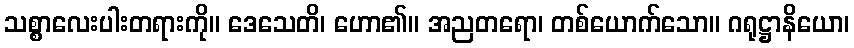
သစ္စာလေးပါးတရားကို။ ဒေသေတိ၊ ဟော၏။ အညတရော၊ တစ်ယောက်သော။ ဂရုဋ္ဌာနိယော၊